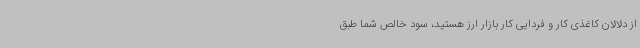
از دلالان کاغذی کار و فردایی کار بازار ارز هستید، سود خالص شما طبق